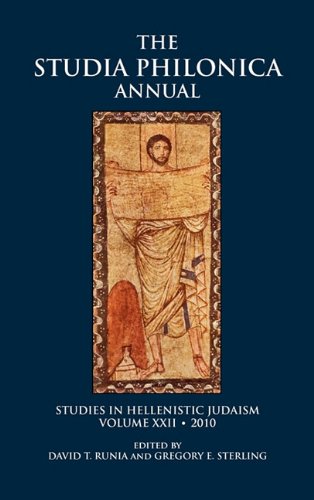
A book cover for Studia Philonica Annual XXII, 2010 (Studia Philonica Annual: Studies in Hellenistic Judaism); Religion & Spirituality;